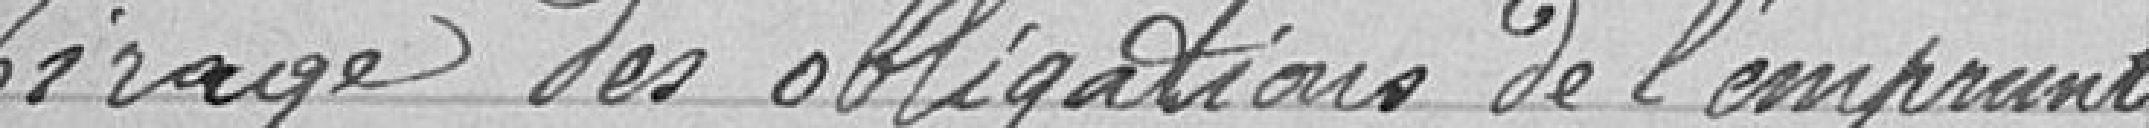
Tirage des obligations de l'emprunt